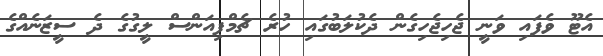
އެޓޫ ވެފައި ވަނީ ޖެހިޖެހިގެން ދެކުލަބުގައި ހުރެ ޗެމްޕިއަންސް ލީގުގެ ދެ ސީޒަނެއްގެ